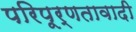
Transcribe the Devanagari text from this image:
परिपूर्णतावादी